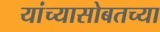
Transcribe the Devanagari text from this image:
यांच्यासोबतच्या